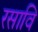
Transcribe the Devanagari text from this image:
रसावि